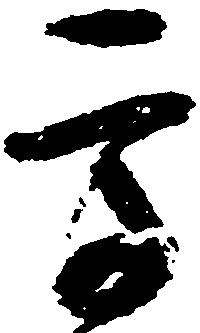
高